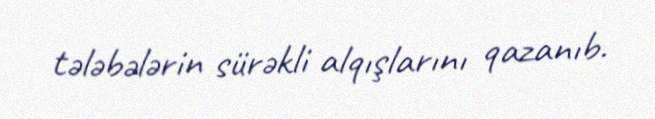
tələbələrin sürəkli alqışlarını qazanıb.